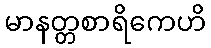
မာနတ္တစာရိကေဟိ